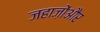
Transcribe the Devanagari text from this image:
जहाज़ोंऔर